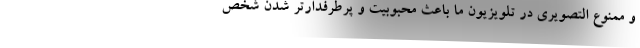
و ممنوع التصويري در تلويزيون ما باعث محبوبيت و پرطرفدارتر شدن شخص